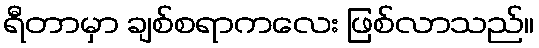
ရီတာမှာ ချစ်စရာကလေး ဖြစ်လာသည်။